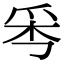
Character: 𤔁